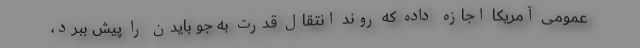
عمومی آمریکا اجازه داده که روند انتقال قدرت به جو بایدن را پیش ببرد،